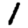
Digit: 1